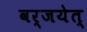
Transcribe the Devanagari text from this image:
वर्जयेत्